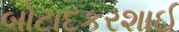
બોટાદકરશાઈ